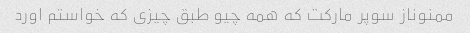
ممنوناز سوپر مارکت که همه چیو طبق چیزی که خواستم اورد